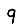
Digit: 9